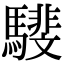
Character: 𩦎